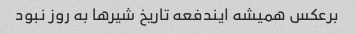
برعکس همیشه ایندفعه تاریخ شیرها به روز نبود